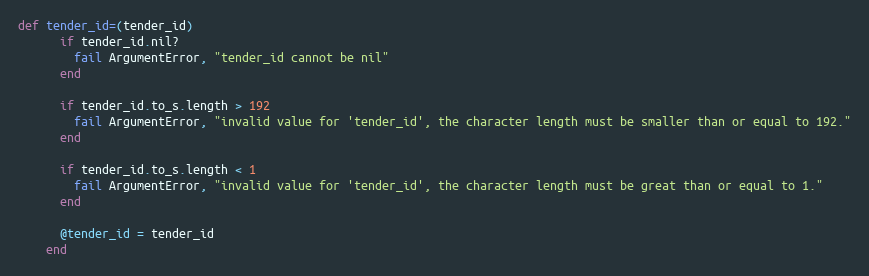
Language: Ruby
def tender_id=(tender_id)
      if tender_id.nil?
        fail ArgumentError, "tender_id cannot be nil"
      end

      if tender_id.to_s.length > 192
        fail ArgumentError, "invalid value for 'tender_id', the character length must be smaller than or equal to 192."
      end

      if tender_id.to_s.length < 1
        fail ArgumentError, "invalid value for 'tender_id', the character length must be great than or equal to 1."
      end

      @tender_id = tender_id
    end